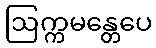
ဩက္ကမန္တေပေ